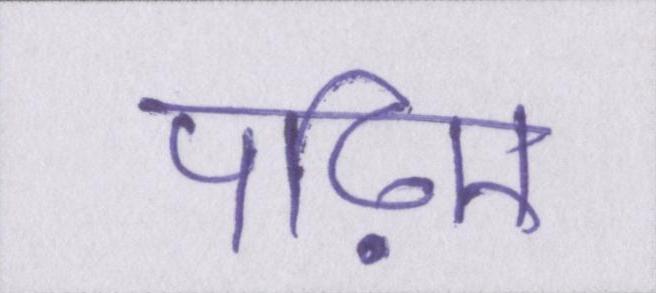
पढ़िए